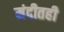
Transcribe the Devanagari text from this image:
मंदीतही